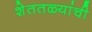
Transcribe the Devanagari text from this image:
शेततळ्यांची